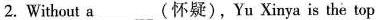
2. Without a___(怀疑),Yu Xinya is the top